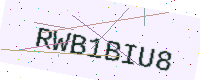
Text: RWB1BIU8